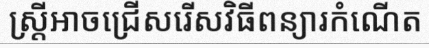
ស្ត្រីអាចជ្រើសរើសវិធីពន្យារកំណើត